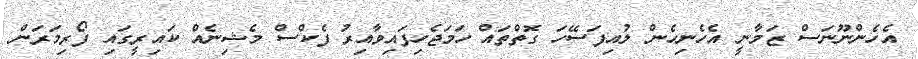
އެހެންނޫނަސް ޒަމާނީ އެހެނިހެން ލުއިފަސޭހަ ގޮތްތައް ހަމަޖެހިފައިވާއިރު ފެކްސް މެޝިނެއް ކައިރީގައި ފޯރިމަރަން